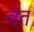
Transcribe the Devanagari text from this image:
वंत